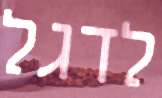
לדגל